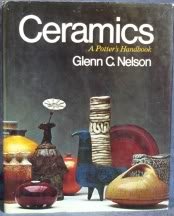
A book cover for Ceramics: A Potter's Handbook; Glenn C. Nelson; Teen & Young Adult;